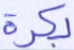
بكرة